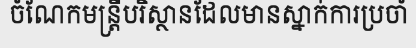
ចំណែកមន្ត្រីបរិស្ថានដែលមានស្នាក់ការប្រចាំ